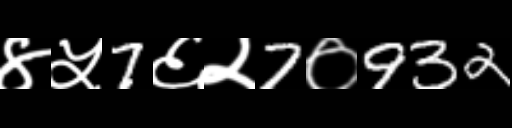
Text: ४५7६२7०932